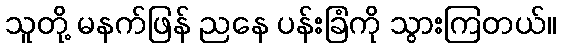
သူတို့ မနက်ဖြန် ညနေ ပန်းခြံကို သွားကြတယ်။